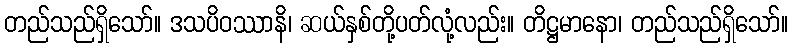
တည်သည်ရှိသော်။ ဒသပိဝဿာနိ၊ ဆယ်နှစ်တို့ပတ်လုံ့လည်း။ တိဋ္ဌမာနော၊ တည်သည်ရှိသော်။